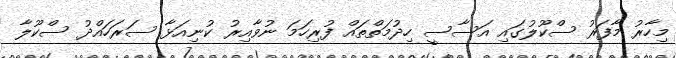
މިހާރު މާފަރު ސްކޫލުގައި އަސާސީ ހިދުމަތްތައް ފުރިހަމަ ނުވާއިރު ކުނިއަޅާ ސަރަހައްދު ސްކޫލާ